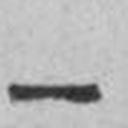
—